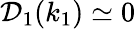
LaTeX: \mathcal{D}_{1}(k_{1})\simeq 0